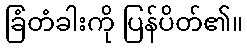
ခြံတံခါးကို ပြန်ပိတ်၏။